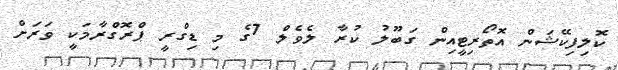
ކޮލިފިކޭޝަން އޮތޯރިޓީއިން ގަބޫލު ކުރާ ލެވެލް 7ގެ މި ޑިގްރީ ޕްރޮގްރާމަކީ ވަރަށް